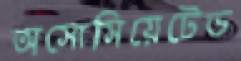
অসোসিয়েটেড